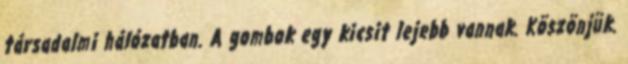
társadalmi hálózatban. A gombok egy kicsit lejebb vannak. Köszönjük.